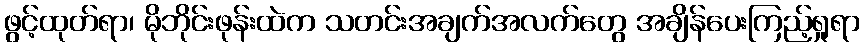
ဖွင့်ထုတ်ရာ၊ မိုဘိုင်းဖုန်းထဲက သတင်းအချက်အလက်တွေ အချိန်ပေးကြည့်ရှုရာ